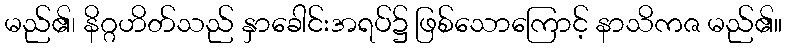
မည်၏၊ နိဂ္ဂဟိတ်သည် နှာခေါင်းအရပ်၌ ဖြစ်သောကြောင့် နာသိကဇ မည်၏။